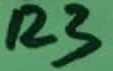
Text: R3